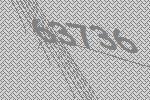
63736